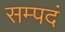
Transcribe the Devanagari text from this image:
सम्पदं